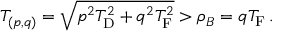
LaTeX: T _ { ( p , q ) } = \sqrt { p _ { \vphantom D } ^ { 2 } T _ { \mathrm { D } } ^ { 2 } + q _ { \vphantom D } ^ { 2 } T _ { \mathrm { F } } ^ { 2 } } > \rho _ { B } = q T _ { \mathrm { F } } \, .